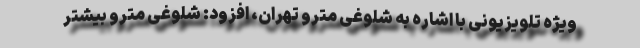
ویژه تلویزیونی با اشاره به شلوغی مترو تهران، افزود: شلوغی مترو بیشتر